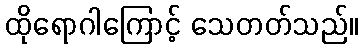
ထိုရောဂါကြောင့် သေတတ်သည်။